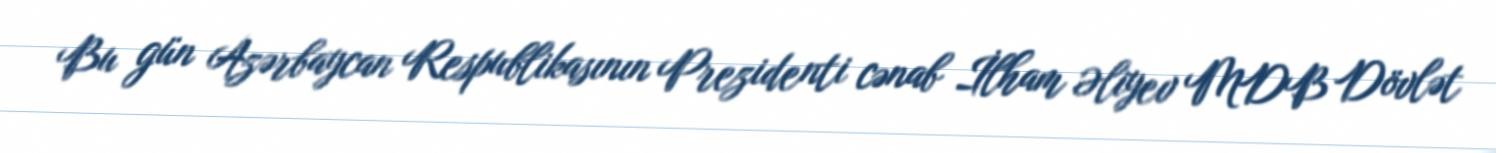
Bu gün Azərbaycan Respublikasının Prezidenti cənab İlham Əliyev MDB Dövlət